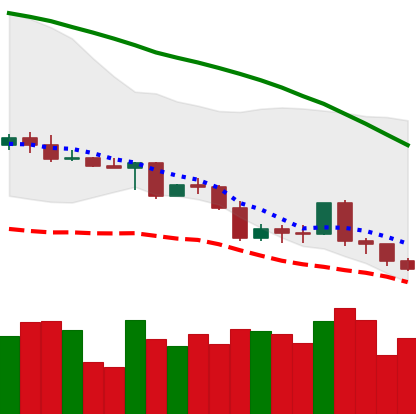
Ticker: LINK-USD
Chart end date: 2022-05-08
Forward return: -28.456%
Label: down_7plus